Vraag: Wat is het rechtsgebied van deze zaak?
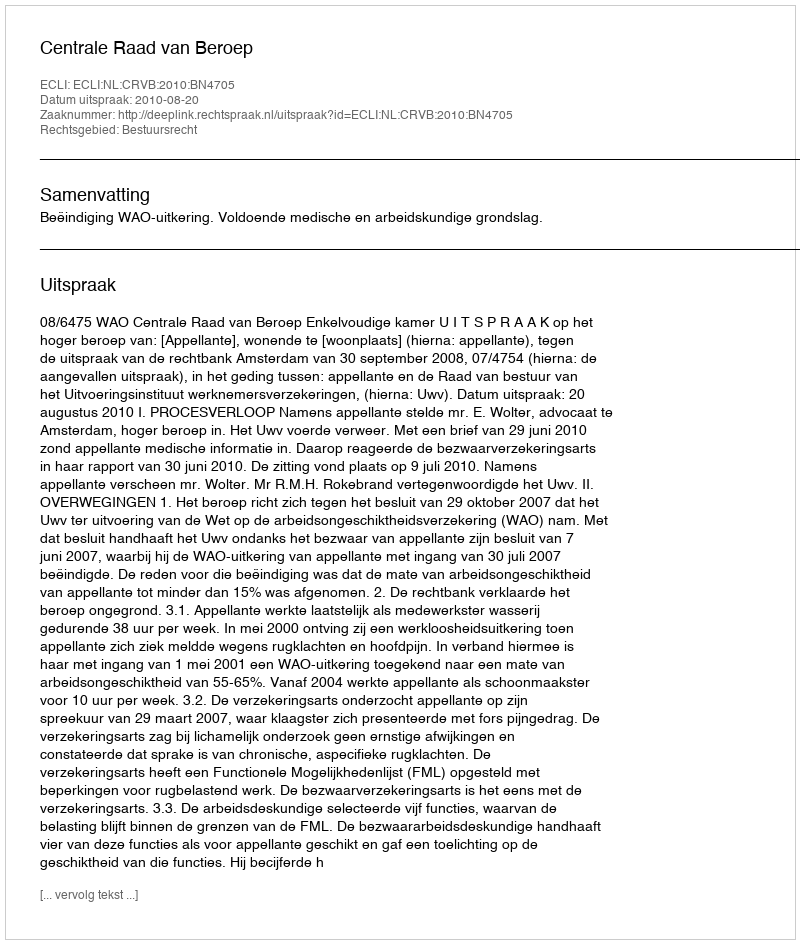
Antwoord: Bestuursrecht